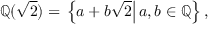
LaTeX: \mathbb { Q } ( { \sqrt { 2 } } ) = \left. \left\{ a + b { \sqrt { 2 } } \right| a , b \in \mathbb { Q } \right\} ,